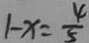
1 - x = \frac { 4 } { 5 }